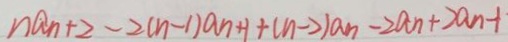
n a _ { n + 2 } - 2 ( n - 1 ) a _ { n + 1 } + ( n - 2 ) a _ { n } - 2 a _ { n } + 2 a _ { n - 1 }